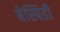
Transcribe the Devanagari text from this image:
बेस्पिडी